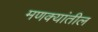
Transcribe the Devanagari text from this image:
मणक्यांतील